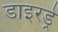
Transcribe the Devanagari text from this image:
डाइरड्रे